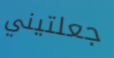
جعلتيني